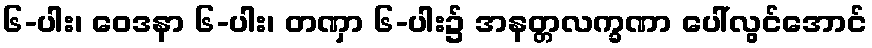
၆-ပါး၊ ဝေဒနာ ၆-ပါး၊ တဏှာ ၆-ပါး၌ အနတ္တလက္ခဏာ ပေါ်လွင်အောင်